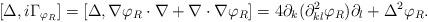
LaTeX: \begin{align*}[\Delta,i\Gamma_{\varphi_{R}}]=[\Delta,\nabla\varphi_{R}\cdot\nabla+\nabla\cdot\nabla\varphi_{R}]=4\partial_{k}(\partial^{2}_{kl}\varphi_{R})\partial_{l}+\Delta^{2}\varphi_{R}.\end{align*}